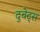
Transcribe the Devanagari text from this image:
दुवेट्स